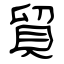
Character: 貿